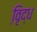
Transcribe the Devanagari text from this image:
वृि़द्ध